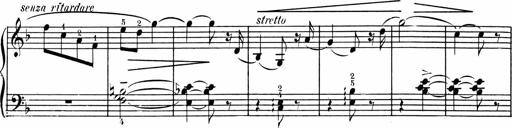
Title: 1Ã¨re Sonatine
Composer: FrÃ©dÃ©ric Binet